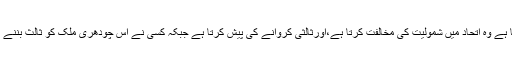
پاکستان میں جو بولتا ہے وہ اتحاد میں شمولیت کی مخالفت کرتا ہے،اورثالثی کروانے کی پیش کرتا ہے جبکہ کسی نے اس چودھری ملک کو ثالث بننے کی دعوت دی نہیں ۔